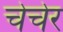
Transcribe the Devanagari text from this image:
चेचेर